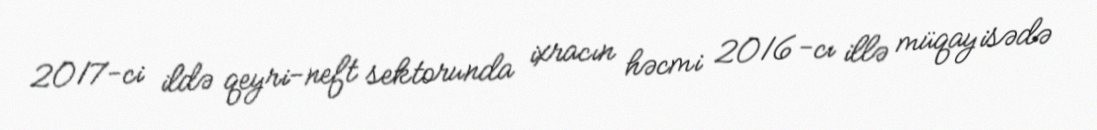
2017-ci ildə qeyri-neft sektorunda ixracın həcmi 2016-cı illə müqayisədə